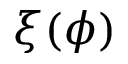
\xi ( \phi )